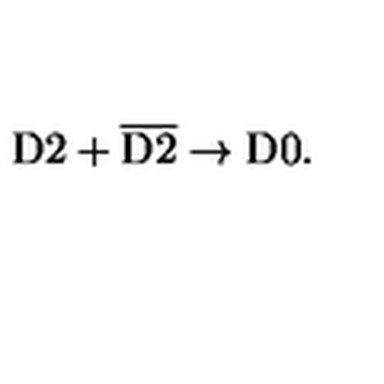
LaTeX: \mathrm { D } 2 + \overline { { \mathrm { D } 2 } } \rightarrow \mathrm { D } 0 .